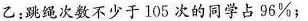
乙：跳绳次数不少于105次的同学占96%；